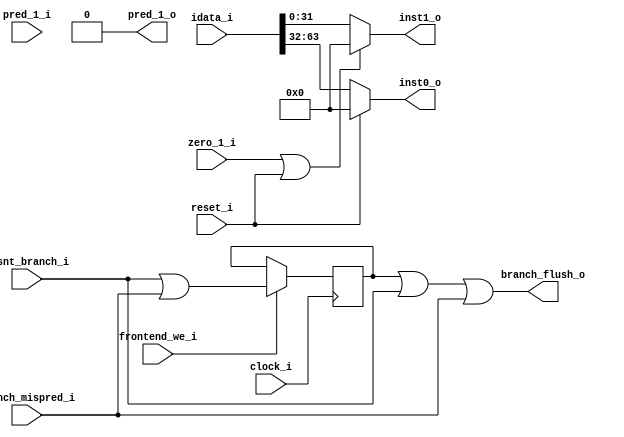
module fetch2
(
    input  wire         clock_i,
    input  wire         reset_i,
    input  wire         frontend_we_i,
    input  wire [63:0]  idata_i,
    input  wire         branch_mispred_i,
    input  wire         wasnt_branch_i,
    input  wire         zero_1_i,
    input  wire         pred_1_i,

    output reg [31:0]  inst0_o      = 0,
    output reg [31:0]  inst1_o      = 0,
    output reg         pred_1_o     = 0,
    output wire        branch_flush_o
);
    reg  second_flush = 0;

    assign branch_flush_o = second_flush || wasnt_branch_i || branch_mispred_i;

    always @(*) begin
        if (reset_i) begin
            inst0_o <= 0;
        end else begin
            inst0_o <= idata_i[63:32];
        end

        if (zero_1_i || reset_i) begin
            inst1_o  <= 0;
        end else begin
            inst1_o  <= idata_i[31:0];
        end
    end

    always @(posedge clock_i) begin
        if (frontend_we_i)
            second_flush <= (wasnt_branch_i || branch_mispred_i);
    end

endmodule